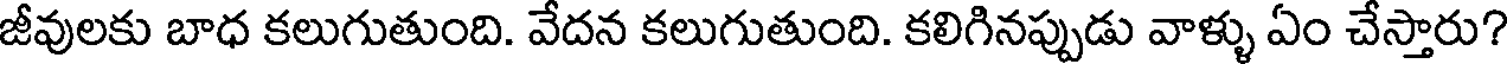
జీవులకు బాధ కలుగుతుంది. వేదన కలుగుతుంది. కలిగినప్పుడు వాళ్ళు ఏం చేస్తారు?